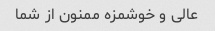
عالی و خوشمزه ممنون از شما